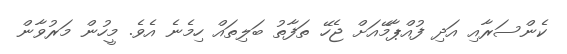
ކެންސަރާއި އަދި ފުއްޕާމޭއަށް ޖެހޭ ތަފާތު ބަލިތައް ހިމެނެ އެވެ. މީހުން މަރުވާން